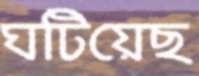
ঘটিয়েছ